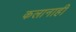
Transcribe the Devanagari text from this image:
कलानाही